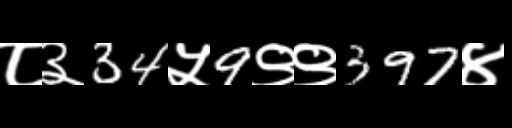
Text: ८३34५9९९397४